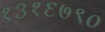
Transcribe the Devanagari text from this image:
१३१६७९०